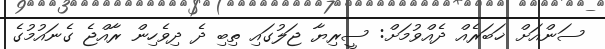
ސަންއަށް ޚަބަރެއް ދެއްވުމަށް: ސީރިޔާ ޖަލުގައި ތިބި ދެ ދިވެހިން ރާއްޖެ ގެނައުމުގެ